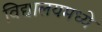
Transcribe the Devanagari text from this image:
विद्यालयमध्ये